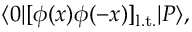
\langle 0 | [ \phi ( x ) \phi ( - x ) ] _ { \mathrm { l . t . } } | P \rangle ,